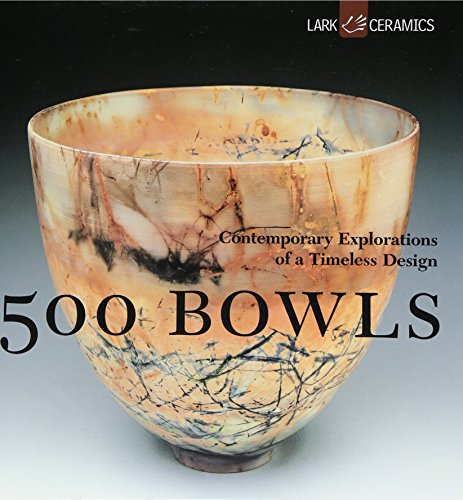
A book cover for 500 Bowls: Contemporary Explorations of a Timeless Design; Lark; Crafts, Hobbies & Home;